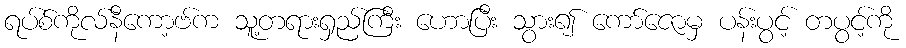
ရပ်စ်ကိုလ်နီကော့ဗ်က သူ့တရားရှည်ကြီး ဟောပြီး သွား၍ ကော်ဇောမှ ပန်းပွင့် တပွင့်ကို